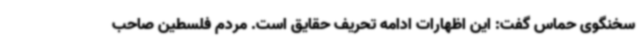
سخنگوی حماس گفت: این اظهارات ادامه تحریف حقایق است. مردم فلسطین صاحب